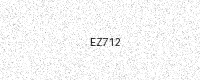
Text: EZ712